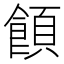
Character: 𩝗